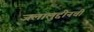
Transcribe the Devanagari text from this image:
जलालुद्दीनची